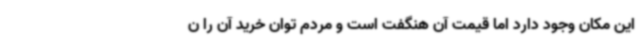
این مکان وجود دارد اما قیمت آن هنگفت است و مردم توان خرید آن را ن